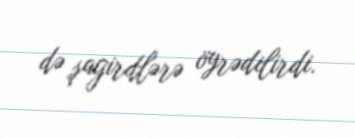
də şagirdlərə öyrədilirdi.